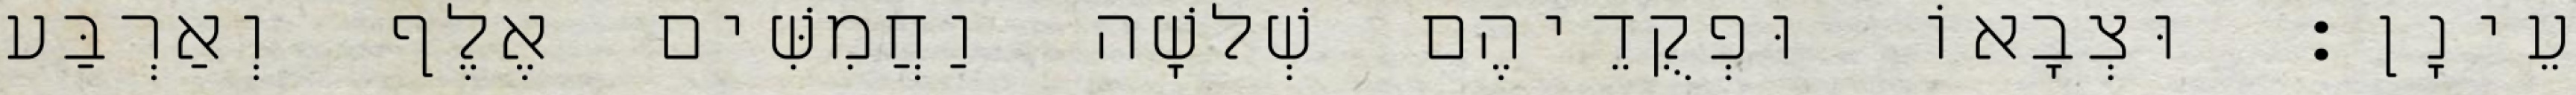
עֵינָן׃ וּצְבָאוֹ וּפְקֻדֵיהֶם שְׁלשָׁה וַחֲמִשִּׁים אֶלֶף וְאַרְבַּע